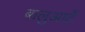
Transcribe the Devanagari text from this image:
बालुआर्टे